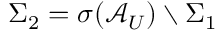
\Sigma _ { 2 } = \sigma ( \mathcal { A } _ { U } ) \setminus \Sigma _ { 1 }